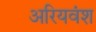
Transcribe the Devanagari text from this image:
अरियवंश